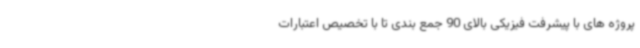
پروژه های با پیشرفت فیزیکی بالای 90 جمع بندی تا با تخصیص اعتبارات